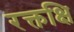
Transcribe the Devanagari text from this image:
रक्तक्षि